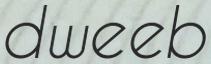
dweeb